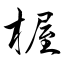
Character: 楃